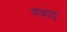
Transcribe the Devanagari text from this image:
गवाड़